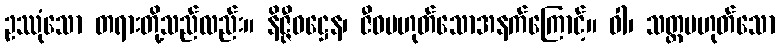
ဥဿုံသော တရားတို့သည်လည်း။ နိဇ္ဇီဝဋ္ဌေန၊ ဇီဝမဟုတ်သောအနက်ကြောင့်။ ဝါ၊ သတ္တမဟုတ်သော